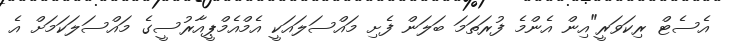
އެސެޓް ރިކަވަރީ"އިން އެންމެ ފުރަތަމަ ބަލަން ފެށި މައްސަލައަކީ އެމްއެމްޕީއާރުސީގެ މައްސަލަކަމަށް އެ